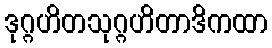
ဒုဂ္ဂဟိတသုဂ္ဂဟိတာဒိကထာ